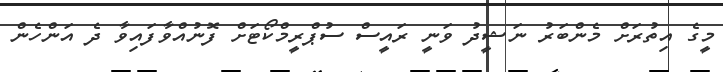
މީގެ އިތުރަށް މެންބަރު ނަޝީދު ވަނީ ރައީސް ސުޕްރީމްކޯޓަށް ފޮނުއްވާފައިވާ ދެ އަންހެން